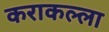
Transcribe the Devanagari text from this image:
कराकल्ला